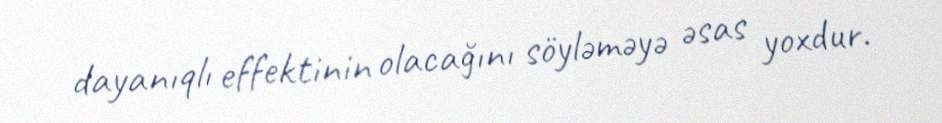
dayanıqlı effektinin olacağını söyləməyə əsas yoxdur.